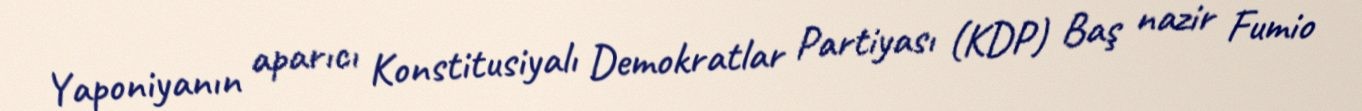
Yaponiyanın aparıcı Konstitusiyalı Demokratlar Partiyası (KDP) Baş nazir Fumio